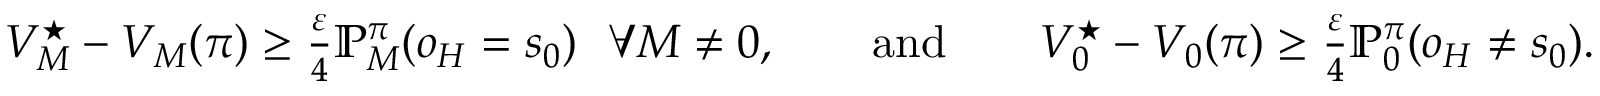
\begin{array} { r } { V _ { M } ^ { \star } - V _ { M } ( \pi ) \geq \frac { \varepsilon } { 4 } \mathbb { P } _ { M } ^ { \pi } { \left( o _ { H } = s _ { 0 } \right) } \ \ \forall M \neq 0 , \qquad \mathrm { a n d } \qquad V _ { 0 } ^ { \star } - V _ { 0 } ( \pi ) \geq \frac { \varepsilon } { 4 } \mathbb { P } _ { 0 } ^ { \pi } { \left( o _ { H } \neq s _ { 0 } \right) } . } \end{array}